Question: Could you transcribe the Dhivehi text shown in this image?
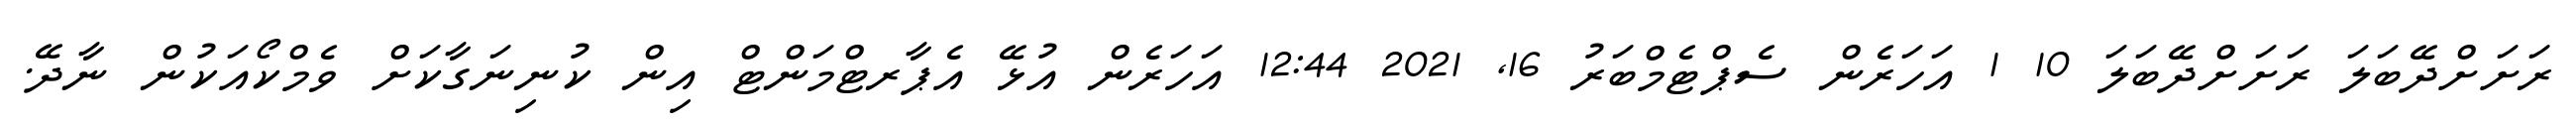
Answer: ރަށަށްދޭބަލަ ރަށަށްދޭބަލަ 10 1 އަހަރެން ސެޕްޓެމްބަރު 16, 2021 12:44 އަހަރެން އުޅޭ އެޕާރޓްމަންޓް އިން ކުނިނަގާކަށް ވެމްކޯއަކުން ނާދޭ.